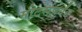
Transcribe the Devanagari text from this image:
मीटर्सपर्यंत